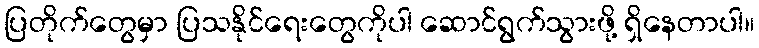
ပြတိုက်တွေမှာ ပြသနိုင်ရေးတွေကိုပါ ဆောင်ရွက်သွားဖို့ ရှိနေတာပါ။